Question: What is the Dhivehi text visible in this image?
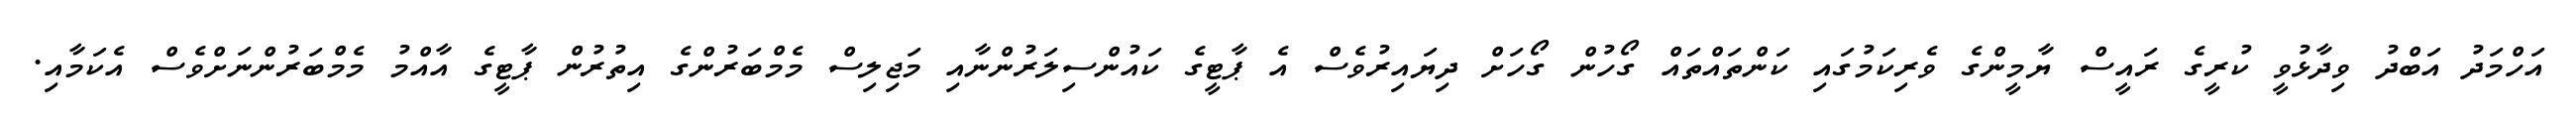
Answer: އަހްމަދު އަބްދު ވިދާޅުވީ ކުރީގެ ރައީސް ޔާމީންގެ ވެރިކަމުގައި ކަންތައްތައް ގޯހުން ގޯހަށް ދިޔައިރުވެސް އެ ޕާޓީގެ ކައުންސިލަރުންނާއި މަޖިލިސް މެމްބަރުންގެ އިތުރުން ޕާޓީގެ އާއްމު މެމްބަރުންނަށްވެސް އެކަމާއި.